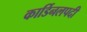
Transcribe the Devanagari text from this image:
कार्डिनलपदी